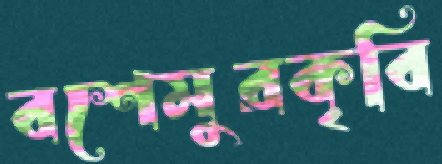
বশেমুরকৃবি